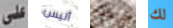
على أليس والعلاج لك